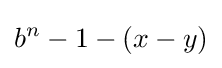
b^{n}-1-(x-y)